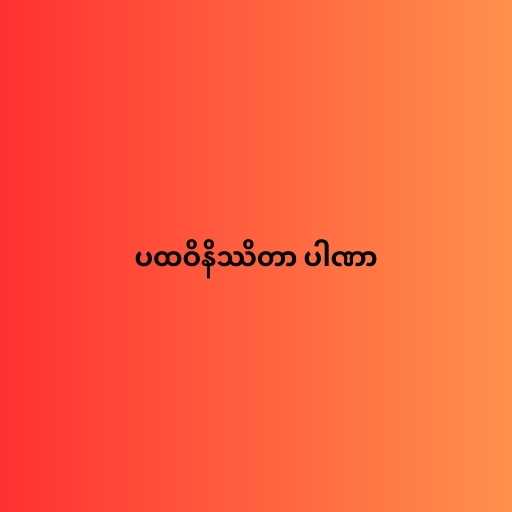
ပထဝိနိဿိတာ ပါဏာ